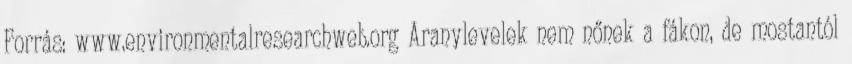
Forrás: www.environmentalresearchweb.org Aranylevelek nem nőnek a fákon, de mostantól